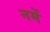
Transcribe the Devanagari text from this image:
नमें